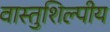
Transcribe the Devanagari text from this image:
वास्‍तुशिल्‍पीय